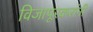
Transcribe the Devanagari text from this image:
विजापूरकरांनी